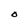
Character: O